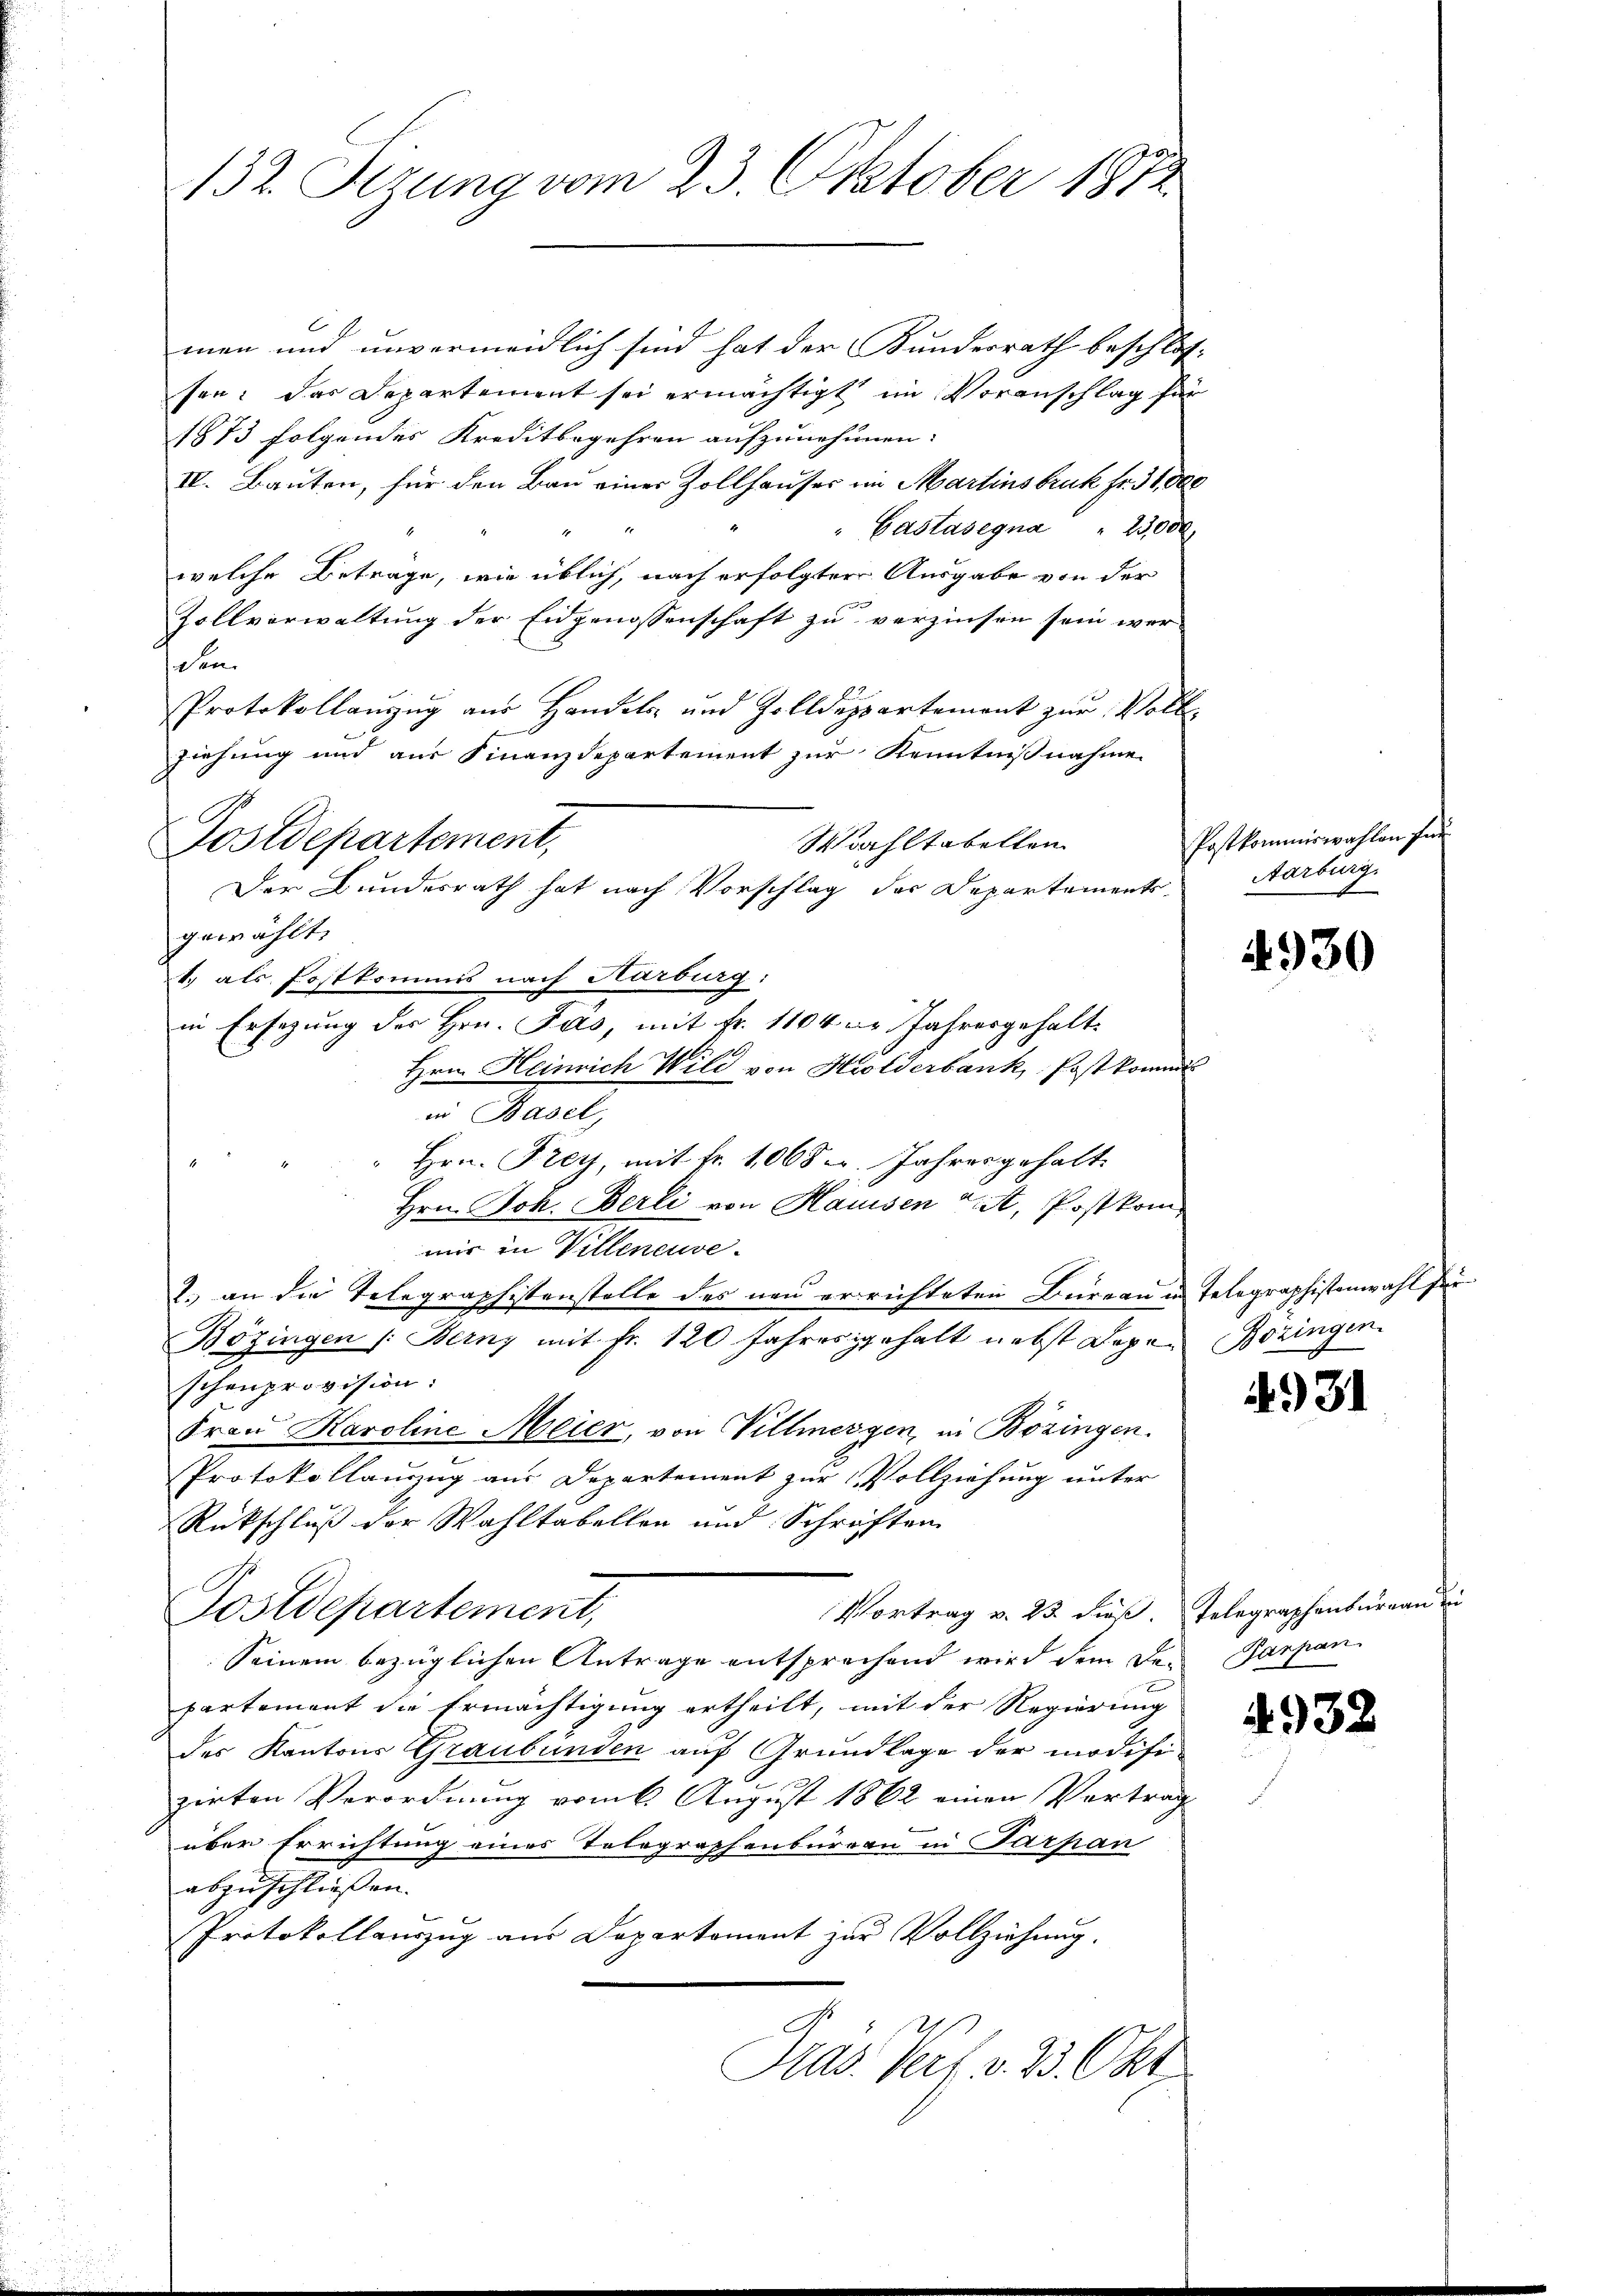
132. Setzung vom 23. Oktober 1872

men und unvermeidlich sind hat der Kundesrath beschlos-
sen: das Departement sei ermächtigt im Voranschlag für
1873 folgendes Kreditbegehren aufzunehmen:
IV. Bauten, für den Bau einer Zollhauses im Martinsbruk fr. 31000
"Castasegna " 23,000
4
welche Betrage, wie üblich, nach erfolgter Ausgabe von der
Zollverwaltung der Eidgenossenschaft zu verzinsen sein wer-
den.
Protokollaŭzŭg aŭs Handels- und Zolldeppartement zŭr Voll-
ziehung und aus Finanzdepartement zur Kenntnißnahme
Wahltabellen
Der Bundesrath hat nach Vorschlag des Departements
gewählt.
1. als Fostkommis nach Karburg:
in Ersezung des Hrn. Jas, mit Fr. 1104 xr Jahresgehalt
Hrn. Heinrich Wild von Holderbank, Post kommt
in Basel,
Hrn. Frey, mit fr. 1065. Jahres gehalt
Hrn. Joh. Berli von Hausen , Postkommir in Villeneuve
2.) an die Telegraphistenstelle des neu errichteten Bureau in Telegraphistenwahl für
Bözingen /: Berny mit Fr. 120 Jahres gehalt nebst Degen Bringen.
schenprovision:
Frau Karoline Meier, von Villmergen, in Bözingen.
Protokollanzzug aus Departement zur Vollziehung unter
Rückschluß der Wahltabellen und Schriften
Vortrag v. 23. dießs. Telegraphenbüreau in
Postdepartement,
Seinem bezüglichen Antrage entsprechend wird dem Departement die Ermächtigung ertheilt, mit der Regierung
des Kantons Graubünden auf Grundlage der modifizirten Verordnung vom 6. August 1862 einen Vortrag
l
über Errichtung eines Tolographenburgen in Parpan
abzuschließen.
Protokollauszug aus Departement zur Vollziehung.
E
Pras. Verf. v. 23. Okt.

Postdepartement,

Postkommiswahlen In
Aarburg.

4930

.

4931

Parpan.

4932